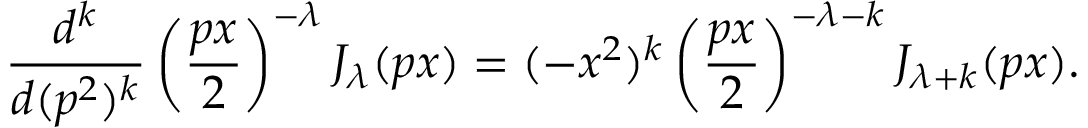
\frac { d ^ { k } } { d ( p ^ { 2 } ) ^ { k } } \left( \frac { p x } 2 \right) ^ { - \lambda } J _ { \lambda } ( p x ) = ( - x ^ { 2 } ) ^ { k } \left( \frac { p x } 2 \right) ^ { - \lambda - k } J _ { \lambda + k } ( p x ) .